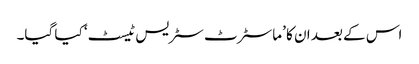
اس کے بعد ان کا ’ماسٹرٹ سٹریس ٹیسٹ‘ کیا گیا۔